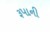
રૂપાની